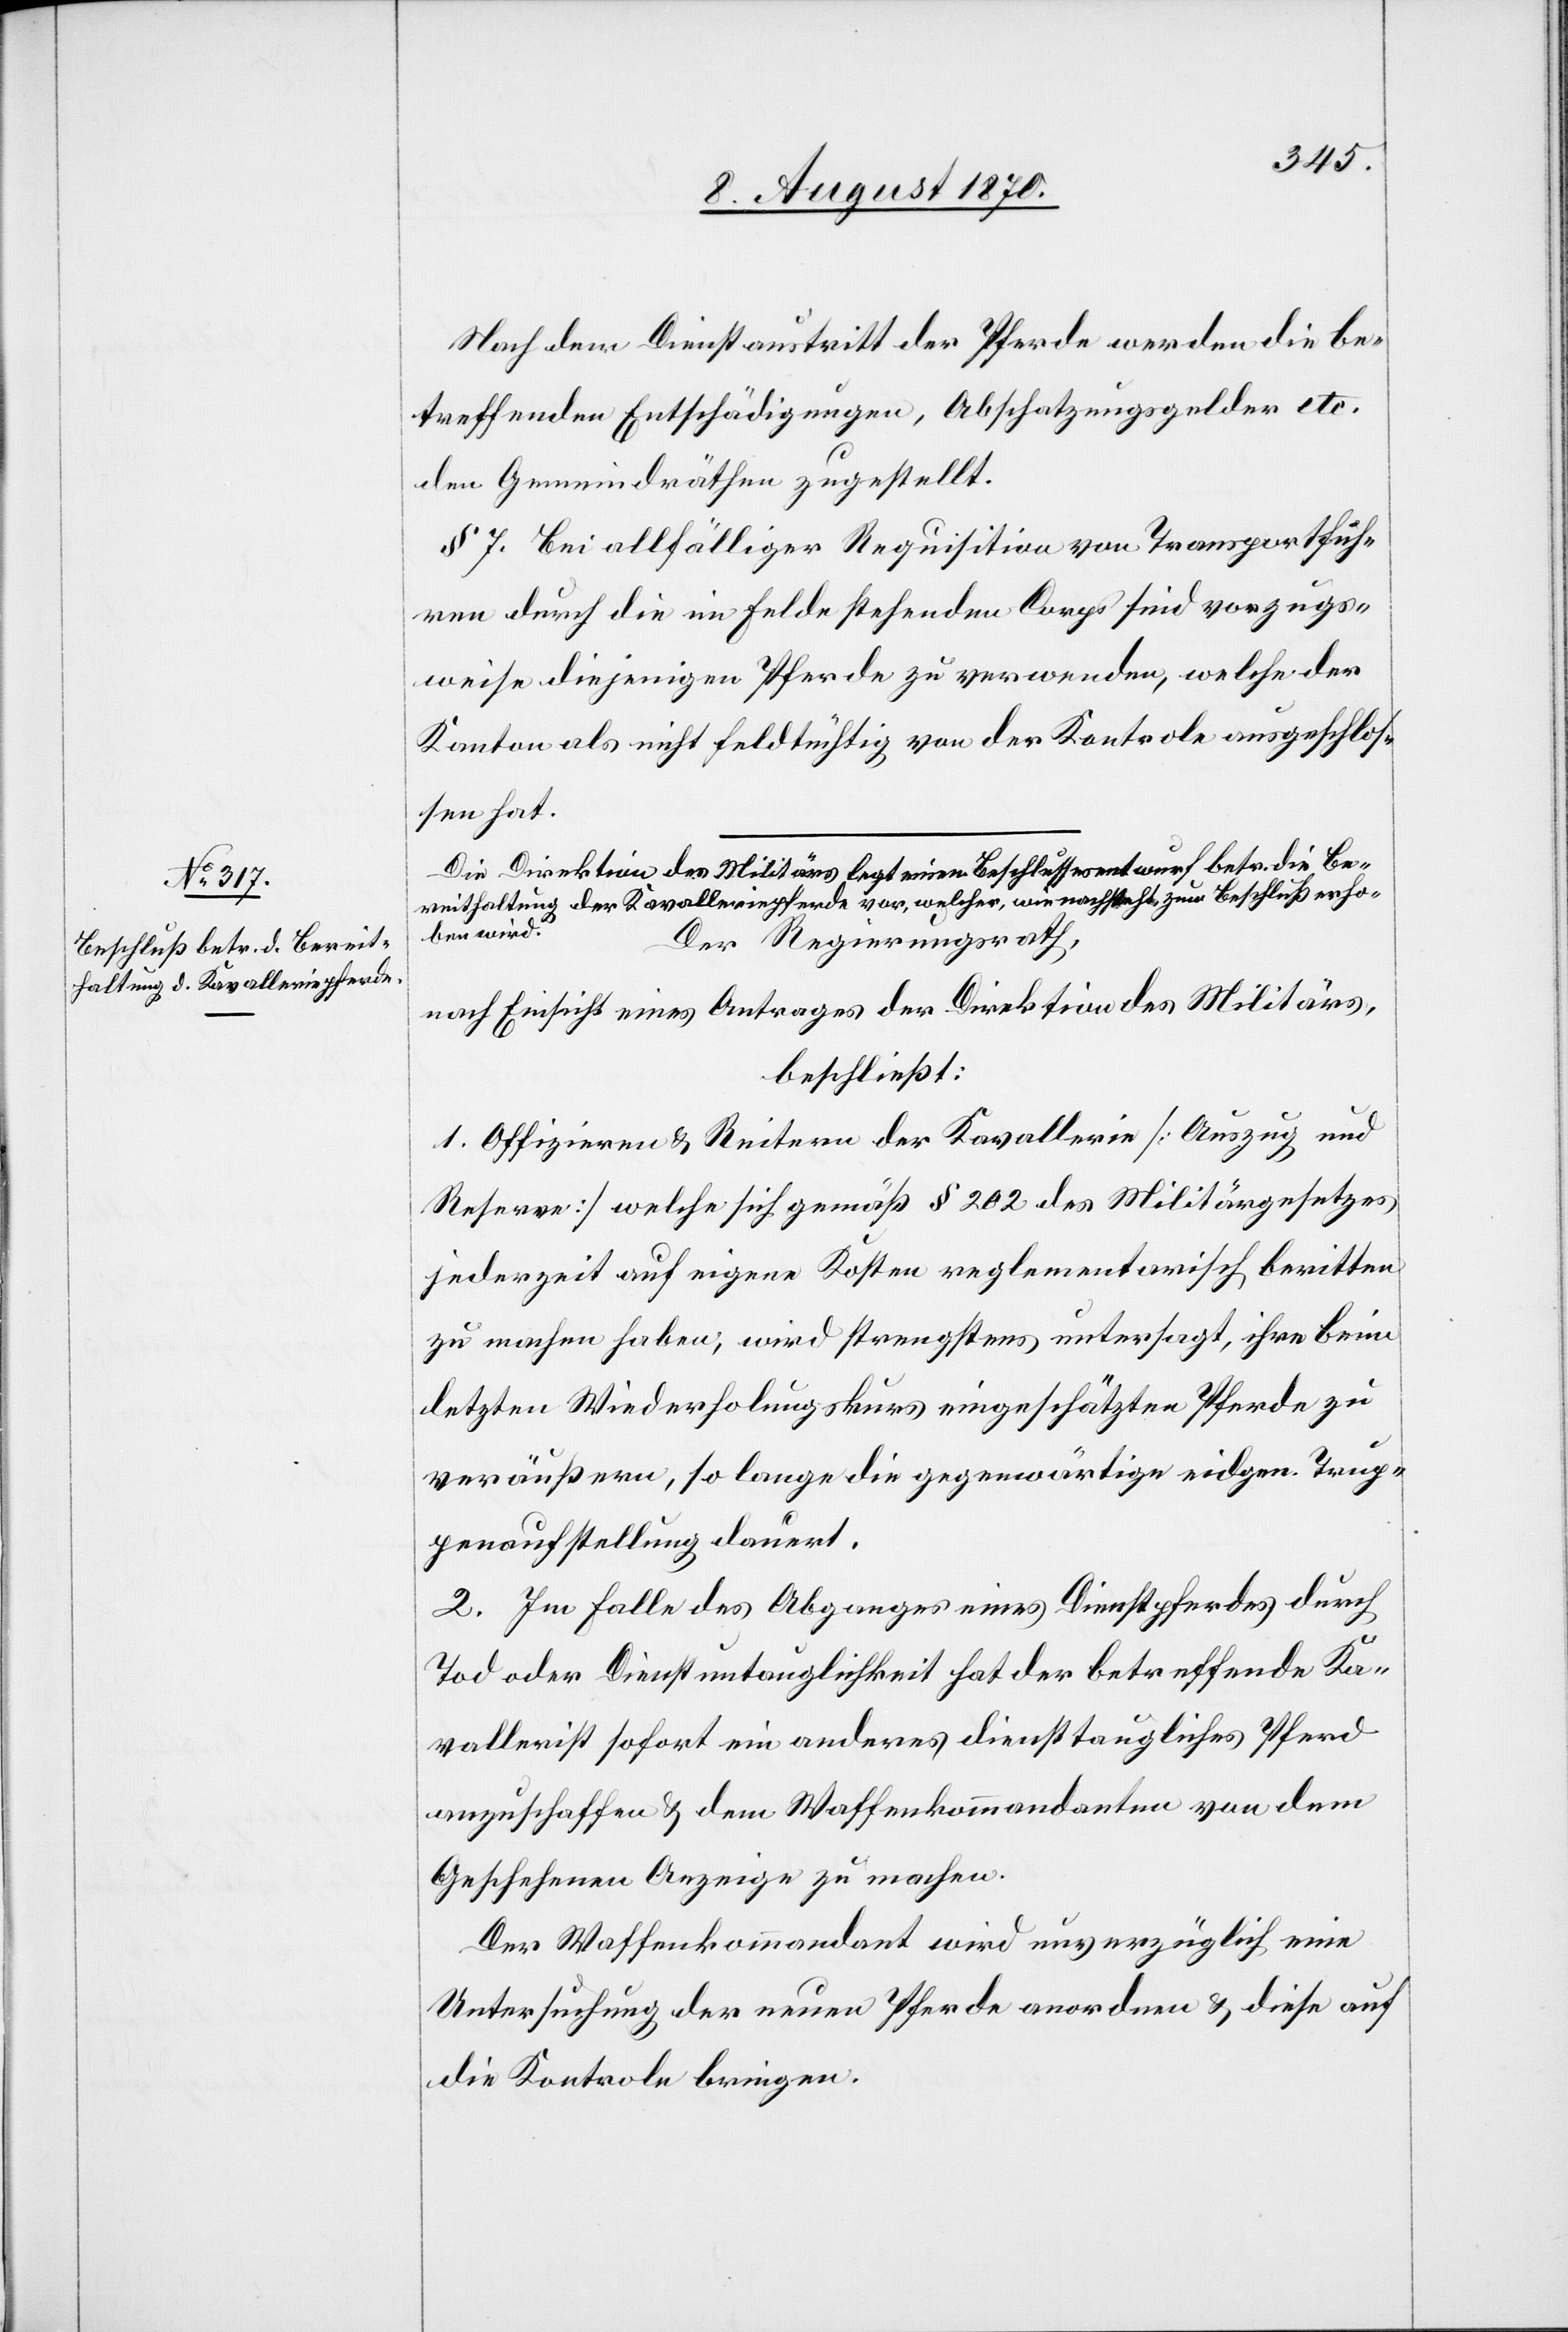
Nach dem Dienstaustritt der Pferde werden die be¬
treffenden Entschädigungen, Abschatzungsgelder etc.
den Gemeindräthen zugestellt.
§ 7. Bei allfälliger Requisition von Transportfüh¬
ren durch die im Felde stehenden Corps sind vorzugs¬
weise diejenigen Pferde zu verwenden, welche der
Kanton als nicht feldtüchtig von der Kontrole ausgeschlos¬
sen hat.
a-Die Direktion des Militärs legt einen Beschlussesentwurf betr. die Be¬
reithaltung der Kavalleriepferde vor, welcher wie nachsteht zum Beschluß erho¬
ben wird.-a
Der Regierungsrath,
nach Einsicht eines Antrages der Direktion des Militärs,
beschließt:
1. Offizieren & Reitern der Kavallerie [Auszug und
Reserve] welche sich gemäß § 202 des Militärgesetzes
jederzeit auf eigene Kosten reglementarisch beritten
zu machen haben, wird strengstens untersagt, ihre beim
letzten Wiederholungskurs eingeschätzten Pferde zu
veräußern, so lange die gegenwärtige eidgen. Trup¬
penaufstellung dauert.
2. Im Falle des Abganges eines Dienstpferdes durch
Tod oder Dienstuntauglichkeit hat der betreffende Ka¬
vallerist sofort ein anderes diensttaugliches Pferd
anzuschaffen & dem Waffenkommandanten von dem
Geschehen Anzeige zu machen.
Der Waffenkommandant wird unverzüglich eine
Untersuchung der neuen Pferde anordnen & diese auf
die Kontrole bringen.